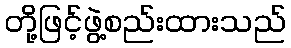
တို့ဖြင့်ဖွဲ့စည်းထားသည်